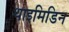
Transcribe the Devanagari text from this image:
थाइमिडिन